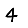
Digit: 4